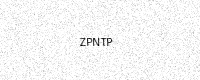
Text: ZPNTP